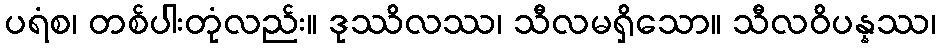
ပရံစ၊ တစ်ပါးတုံလည်း။ ဒုဿိလဿ၊ သီလမရှိသော။ သီလဝိပန္နဿ၊